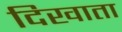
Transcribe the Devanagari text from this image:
दिखाता